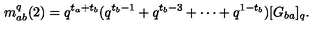
m _ { a b } ^ { q } ( 2 ) = q ^ { t _ { a } + t _ { b } } ( q ^ { t _ { b } - 1 } + q ^ { t _ { b } - 3 } + \cdots + q ^ { 1 - t _ { b } } ) [ G _ { b a } ] _ { q } .